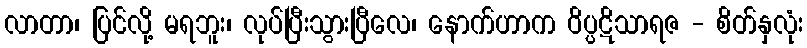
လာတာ၊ ပြင်လို့ မရဘူး၊ လုပ်ပြီးသွားပြီလေ၊ နောက်ဟာက ဝိပ္ပဋိသာရဇ - စိတ်နှလုံး